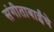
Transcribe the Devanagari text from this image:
संगीताबाईंचे